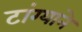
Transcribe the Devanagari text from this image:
टांग्याने